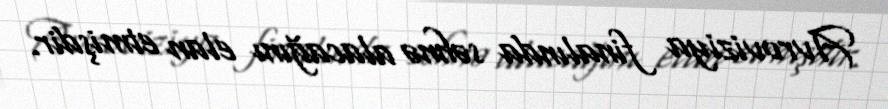
Avroviziya finalında səhnə alacağını elan etmişdir.